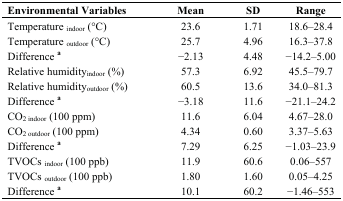
<table><thead><tr><td><b>Environmental Variables</b></td><td><b>Mean</b></td><td><b>SD</b></td><td><b>Range</b></td></tr></thead><tbody><tr><td>Temperature <sub>indoor</sub> (°C)</td><td>23.6</td><td>1.71</td><td>18.6–28.4</td></tr><tr><td>Temperature <sub>outdoor</sub> (°C)</td><td>25.7</td><td>4.96</td><td>16.3–37.8</td></tr><tr><td>Difference <sup>a</sup></td><td>−2.13</td><td>4.48</td><td>−14.2–5.00</td></tr><tr><td>Relative humidity<sub>indoor</sub> (%)</td><td>57.3</td><td>6.92</td><td>45.5–79.7</td></tr><tr><td>Relative humidity<sub>outdoor</sub> (%)</td><td>60.5</td><td>13.6</td><td>34.0–81.3</td></tr><tr><td>Difference <sup>a</sup></td><td>−3.18</td><td>11.6</td><td>−21.1–24.2</td></tr><tr><td>CO<sub>2 indoor</sub> (100 ppm)</td><td>11.6</td><td>6.04</td><td>4.67–28.0</td></tr><tr><td>CO<sub>2 outdoor</sub> (100 ppm)</td><td>4.34</td><td>0.60</td><td>3.37–5.63</td></tr><tr><td>Difference <sup>a</sup></td><td>7.29</td><td>6.25</td><td>−1.03–23.9</td></tr><tr><td>TVOCs <sub>indoor</sub> (100 ppb)</td><td>11.9</td><td>60.6</td><td>0.06–557</td></tr><tr><td>TVOCs <sub>outdoor</sub> (100 ppb)</td><td>1.80</td><td>1.60</td><td>0.05–4.25</td></tr><tr><td>Difference <sup>a</sup></td><td>10.1</td><td>60.2</td><td>−1.46–553</td></tr></tbody></table>